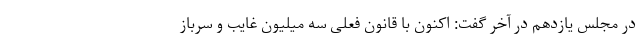
در مجلس یازدهم در آخر گفت: اکنون با قانون فعلی سه میلیون غایب و سرباز